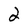
Character: 2